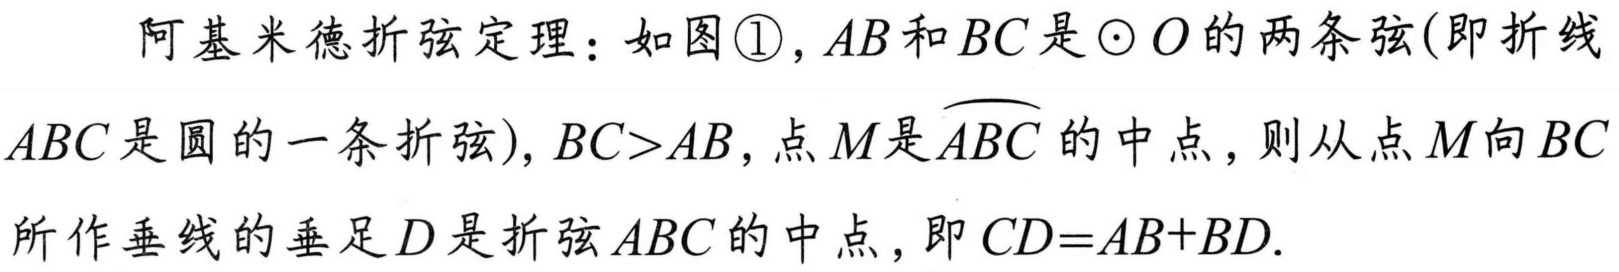
阿基米德折弦定理：如图\textcircled{1}，\(AB\)和\(BC\)是\(\odot O\)的两条弦(即折线\(ABC\)是圆的一条折弦)，\(BC > AB\)，点\(M\)是\(\overset{\frown}{ABC}\)的中点，则从点\(M\)向\(BC\)所作垂线的垂足\(D\)是折弦\(ABC\)的中点，即\(CD = AB + BD\).